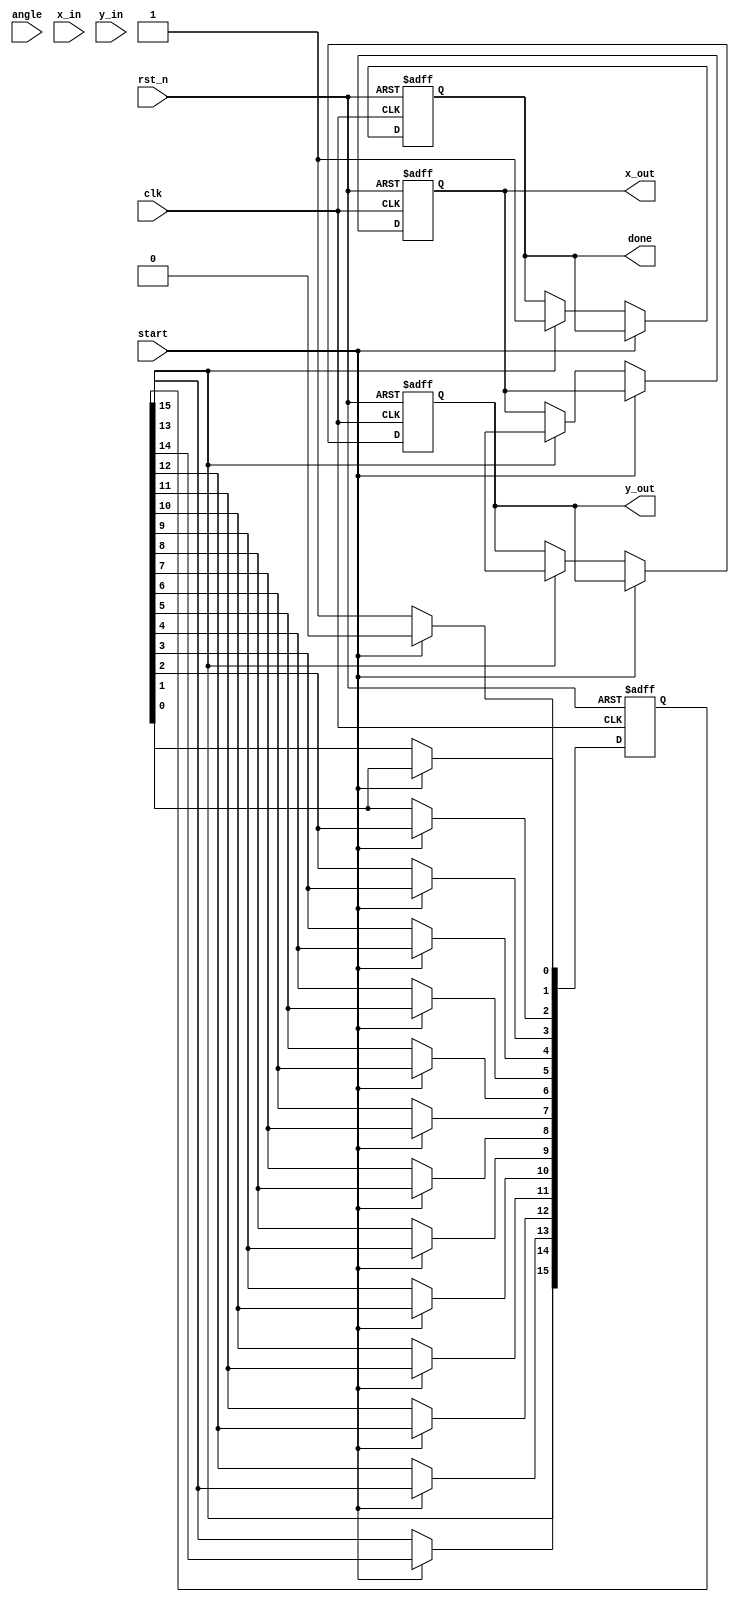
module pipeline_cordic #(
    parameter N = 16, // Number of pipeline stages
    parameter DATA_WIDTH = 16 // Width of input/output data
)(
    input wire clk,
    input wire rst_n,
    input wire start,
    input wire signed [DATA_WIDTH-1:0] angle, // Input angle in fixed-point format
    input wire signed [DATA_WIDTH-1:0] x_in, // Initial x vector
    input wire signed [DATA_WIDTH-1:0] y_in, // Initial y vector
    output reg signed [DATA_WIDTH-1:0] x_out, // Output x vector
    output reg signed [DATA_WIDTH-1:0] y_out, // Output y vector
    output reg done // Signal indicating completion
);

    // CORDIC constants
    reg signed [DATA_WIDTH-1:0] atan_table [0:N-1]; // Arctangent values
    reg signed [DATA_WIDTH-1:0] K [0:N-1]; // Scaling factors

    // Pipeline registers
    reg signed [DATA_WIDTH-1:0] x_reg [0:N-1];
    reg signed [DATA_WIDTH-1:0] y_reg [0:N-1];
    reg signed [DATA_WIDTH-1:0] angle_reg [0:N-1];
    reg [N-1:0] stage_done;

    integer i;

    // Initialize CORDIC constants
    initial begin
        // Populate atan_table and K with appropriate values
        // Example values for atan_table and K
        atan_table[0] = 16'h2000; // atan(2^-0) in fixed-point
        atan_table[1] = 16'h1000; // atan(2^-1) in fixed-point
        atan_table[2] = 16'h0800; // atan(2^-2) in fixed-point
        // ... Fill in the rest of the atan_table and K
        K[0] = 16'h26DD; // K0 value
        K[1] = 16'h1A8A; // K1 value
        K[2] = 16'h0C90; // K2 value
        // ... Fill in the rest of the K values
    end

    // Control logic
    always @(posedge clk or negedge rst_n) begin
        if (!rst_n) begin
            done <= 0;
            x_out <= 0;
            y_out <= 0;
            for (i = 0; i < N; i = i + 1) begin
                x_reg[i] <= 0;
                y_reg[i] <= 0;
                angle_reg[i] <= 0;
                stage_done[i] <= 0;
            end
        end else if (start) begin
            // Initialize the first stage
            x_reg[0] <= x_in;
            y_reg[0] <= y_in;
            angle_reg[0] <= angle;
            stage_done[0] <= 0;
        end else begin
            // Pipeline processing
            for (i = 0; i < N; i = i + 1) begin
                if (i == 0) begin
                    // First stage
                    if (angle_reg[i] >= 0) begin
                        x_reg[i+1] <= x_reg[i] - (y_reg[i] >>> i);
                        y_reg[i+1] <= y_reg[i] + (x_reg[i] >>> i);
                        angle_reg[i+1] <= angle_reg[i] - atan_table[i];
                    end else begin
                        x_reg[i+1] <= x_reg[i] + (y_reg[i] >>> i);
                        y_reg[i+1] <= y_reg[i] - (x_reg[i] >>> i);
                        angle_reg[i+1] <= angle_reg[i] + atan_table[i];
                    end
                    stage_done[i] <= 1;
                end else if (i < N-1) begin
                    // Intermediate stages
                    x_reg[i+1] <= x_reg[i];
                    y_reg[i+1] <= y_reg[i];
                    angle_reg[i+1] <= angle_reg[i];
                    stage_done[i] <= stage_done[i-1];
                end
            end

            // Final stage output
            if (stage_done[N-1]) begin
                x_out <= x_reg[N];
                y_out <= y_reg[N];
                done <= 1;
            end
        end
    end

endmodule